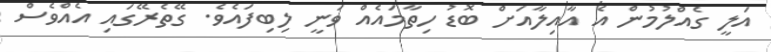
އަލީ ގެއްލުމުން އެ އާއިލާއަށް ބޮޑު ހިތާމައެއް ވަނީ ލިބިފައެވެ. ގޭތެރޭގައި އެއްވެސް